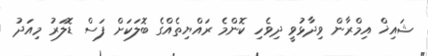
ޝައިޚް އިމްރާން ވިދާޅުވީ ދިވެހި ކޮންމެ ރައްޔިތެއްގެ ބޮލަކަށް ފަސް ޑޮލަރު މިއަދު